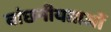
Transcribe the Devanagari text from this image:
वांछनीयताओं